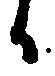
日